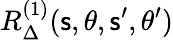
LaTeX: R_{\Delta}^{(1)}(\mathsf{s},\theta,\mathsf{s}^{\prime},\theta^{\prime})